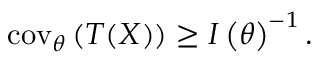
\operatorname { c o v } _ { \boldsymbol { \theta } } \left( { \boldsymbol { T } } ( X ) \right) \geq I \left( { \boldsymbol { \theta } } \right) ^ { - 1 } .